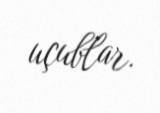
uçublar.